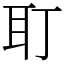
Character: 耵